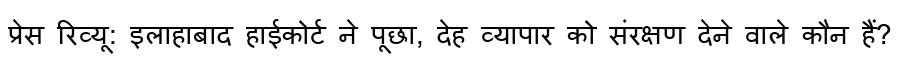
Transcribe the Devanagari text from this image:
प्रेस रिव्यू: इलाहाबाद हाईकोर्ट ने पूछा, देह व्यापार को संरक्षण देने वाले कौन हैं?